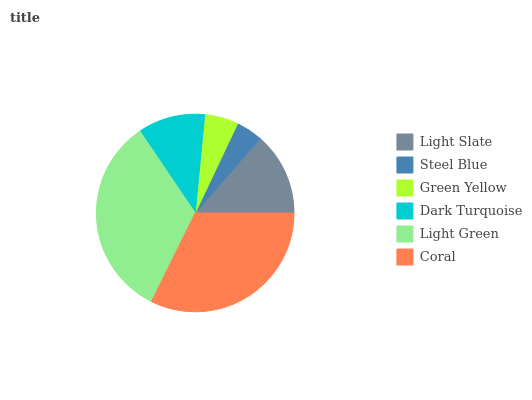
| Light Slate | Steel Blue | Green Yellow | Dark Turquoise | Light Green | Coral |
 | --- | --- | --- | --- | --- | --- |
 | 13.6% | 4.39% | 5.52% | 11% | 33.2% | 32.3% |